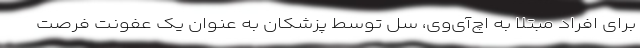
برای افراد مبتلا به اچ‌آی‌وی، سل توسط پزشکان به عنوان یک عفونت فرصت